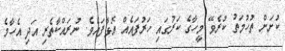
ކުށަށް ތުހުމަތު ކުރެވޭ މީހާގެ ކަރުގައި ހަރުފައެއް އޮޅާފައެވެ. ނުރައްކާތެރި އަދި އެހާމެ